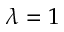
\lambda = 1